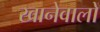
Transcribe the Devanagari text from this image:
खानेवालों